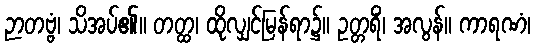
ဉာတဗ္ဗံ၊ သိအပ်၏။ တတ္ထ၊ ထိုလျှင်မြန်ရာ၌။ ဥတ္တရိံ၊ အလွန်။ ကာရဏံ၊